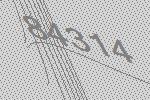
84314